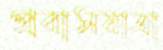
প্রবাসযাত্রা